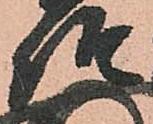
澄